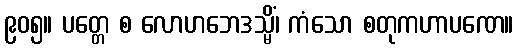
၉၀၅။ ပတ္တေ စ လောဟဘေဒသ္မိံ၊ ကံသော စတုကဟာပဏေ။